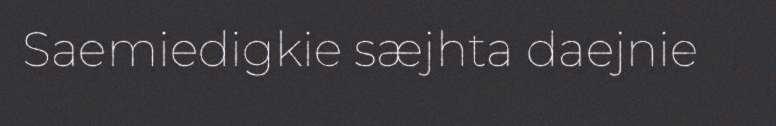
Saemiedigkie sæjhta daejnie